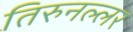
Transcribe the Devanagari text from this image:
तिरुनल्लर